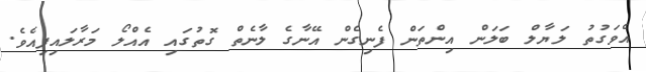
އެވަގުތު ލަޔާލް ބަލަން އިންތަން ފެނިގެން އޭނާގެ ލާނެތް ގޮތުގައި އެއްލޯ މަރާލައިފިއެވެ.